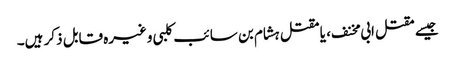
جیسے مقتل ابی مخنف ، یا مقتل ہشام بن سائب کلبی وغیرہ قابل ذکر ہیں۔